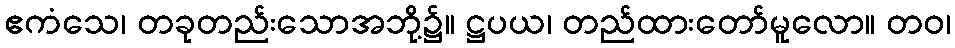
ဧကံသေ၊ တခုတည်းသောအဘို့၌။ ဋ္ဌပယ၊ တည်ထားတော်မူလော။ တဝ၊